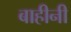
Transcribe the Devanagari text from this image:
बाहीनी